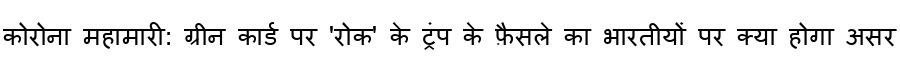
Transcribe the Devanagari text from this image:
कोरोना महामारी: ग्रीन कार्ड पर 'रोक' के ट्रंप के फ़ैसले का भारतीयों पर क्या होगा असर